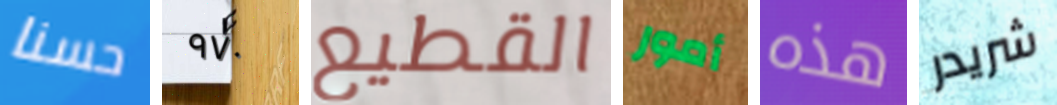
حسنا ٩٧٠ القطيع أمور هذه شريدر